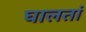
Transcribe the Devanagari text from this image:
घालतां